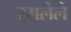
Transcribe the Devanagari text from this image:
रमलेले